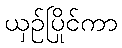
ယှဉ်ပြိုင်ကာ